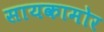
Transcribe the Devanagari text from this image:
सायकामोर